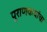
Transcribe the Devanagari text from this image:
पुराणकथांचा